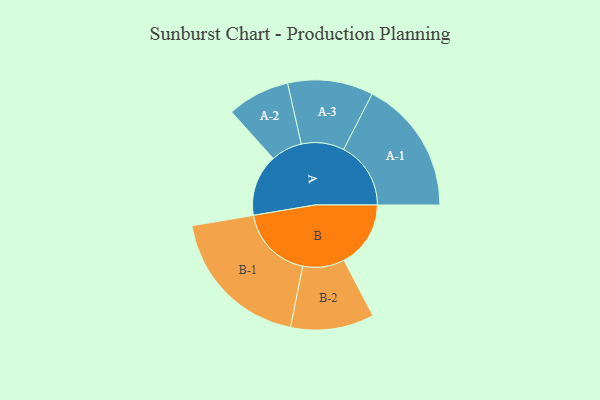
{"axis": {"x": "Segment", "y": "Value"}, "legend": ["", "A", "B"], "data": [{"x": "A", "y": 247, "type": ""}, {"x": "B", "y": 267, "type": ""}, {"x": "A-1", "y": 269, "type": "A"}, {"x": "A-2", "y": 125, "type": "A"}, {"x": "A-3", "y": 171, "type": "A"}, {"x": "B-1", "y": 296, "type": "B"}, {"x": "B-2", "y": 167, "type": "B"}]}